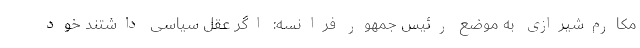
مکارم‌شیرازی به موضع رئیس جمهور فرانسه: ‌اگر ‌عقل سیاسی داشتند خود